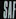
SAT